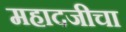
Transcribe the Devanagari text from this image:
महादजीचा